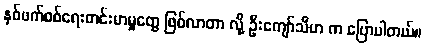
နှစ်ဖက်စစ်ရေးတင်းမာမှုတွေ ဖြစ်လာတာ လို့ ဦးကျော်သီဟ က ပြောပါတယ်။